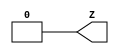
module VLO(output Z);

assign Z = 1'b0;

endmodule